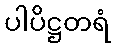
ပါပိဋ္ဌတရံ